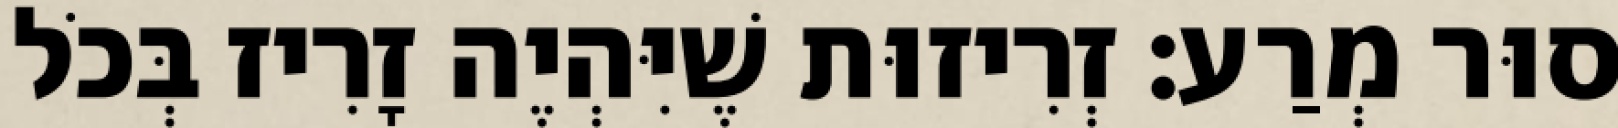
סוּר מְרַע: זְרִיזוּת שֶׁיִּהְיֶה זָרִיז בְּכֹל